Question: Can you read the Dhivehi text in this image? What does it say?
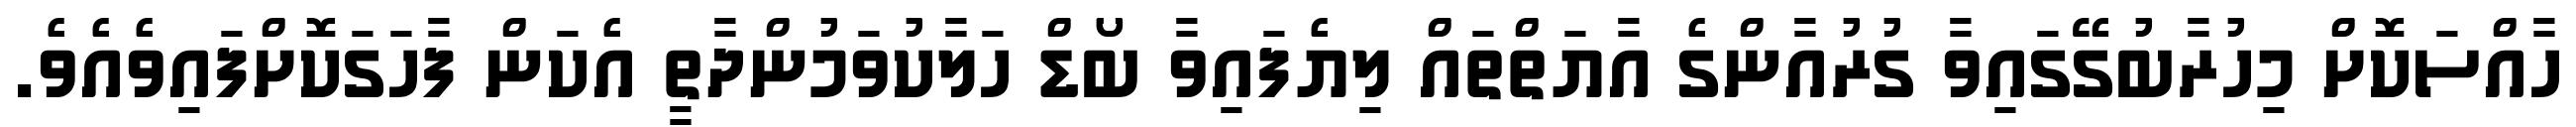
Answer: ހާއްސަކޮށް މިހުރާބުގޭގައިވާ ގުރުއާންގެ އާޔަތްތައް ލިޔެފައިވާ ބޯޑް ހަލާކުވަމުންދާތީ އެކަން ފާހަގަކޮށްފައިވެއެވެ.